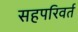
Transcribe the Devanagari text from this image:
सहपरिवर्त